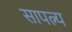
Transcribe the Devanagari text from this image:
सापत्न्य